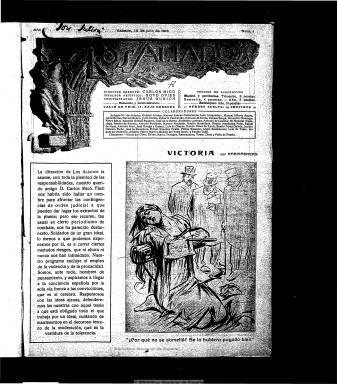
Título: Los Aliados (Madrid)
Colección: Periódicos
Ámbito geográfico: Madrid
Lugar de publicación: Madrid
Fechas: 13/07/1918-30/11/1918

Semanario defensor del bloque proaliado en la I Guerra Mundial, se publicó en Madrid dirigido por Carlos Micó. Como la mayoría de la prensa española de la época, salvo excepciones como ABC, recibió apoyo económico de los países contendientes para defender su causa. En el caso de este periódico, la ayuda se materializó en publicidad. Empresas de Estados Unidos fueron las principales anunciantes, por encima de las españolas, seguidas de francesas y británicas. Destacan los anuncios de la firma de motos Harley-Davidson.

   Se trata de un periódico efímero que empezó a publicarse en julio de 1918 y terminó con el número 21 en noviembre de ese año, coincidiendo con el fin de la guerra. Fue el polo opuesto a Renovación Española, otro semanario publicado ese año que apoyaba al bloque que encabezaba Alemania.

   Ambas publicaciones contaban entre sus colaboradores con lo más granado de la intelectualidad y del periodismo español. Los Aliados tenía a Miguel de Unamuno, que abrió el primer número con el artículo ‘España protegida’, Valle-Inclán, Mariano de Cavia y Benito Pérez de Galdós. Un artículo de éste último, en el número 11, fue censurado en parte, a lo que el escritor respondió que en medio siglo era la primera vez que un texto suyo era tachado por un funcionario.

   El 13 de octubre de 1918 organizó el periódico en el hotel Palace un banquete en honor y desagravio a ‘los tres grandes maestros’ (Galdós, Unamuno y Cavia) por los desmanes de la censura previa. Este banquete, en el que Unamuno manifestó sus críticas a la Monarquía, se convirtió en el mayor éxito propagandístico del semanario y a él se dedica buena parte de la información del número 15 de Los Aliados.

   Algunos de los colaboradores que figuraban en los primeros números del periódico lo fueron sin haber sido consultados. El caso más notorio fue el de Ortega y Gasset, que pidió que se le quitara de la lista.

  Carlos MIcó, director-gerente, Antonio de Lezama y Manuel Bueno componían el núcleo redactor más activo del periódico, figurando el escultor Goyo Ovies como director artístico en los primeros números. Las ilustraciones, principalmente las de portada, es uno de los rasgos más destacados de la publicación. En ellas se solía poner de relieve lo que el periódico llamaba ‘Las atrocidades alemanas’.

  El periodista y escritor Carlos Micó fue una figura destacada de las primeras décadas del siglo XX. Aficionado al espiritismo, se alistó al Tercio de Extranjeros como legionario voluntario y escribió posteriormente sus experiencias en el libro ‘Los Caballeros de la Legión’, una de las primeras crónicas sobre el Tercio.

  Todos los números de Los Aliados contaban con 12 páginas y, como ya se ha señalado, una de sus notas características es la publicidad insertada por compañías de los países que acabaron ganando la guerra. Sobre esta publicación se puede consultar y obtener más información en la página web filosofía.org

[Descripción modificada el 10/07/2020]